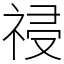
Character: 祲